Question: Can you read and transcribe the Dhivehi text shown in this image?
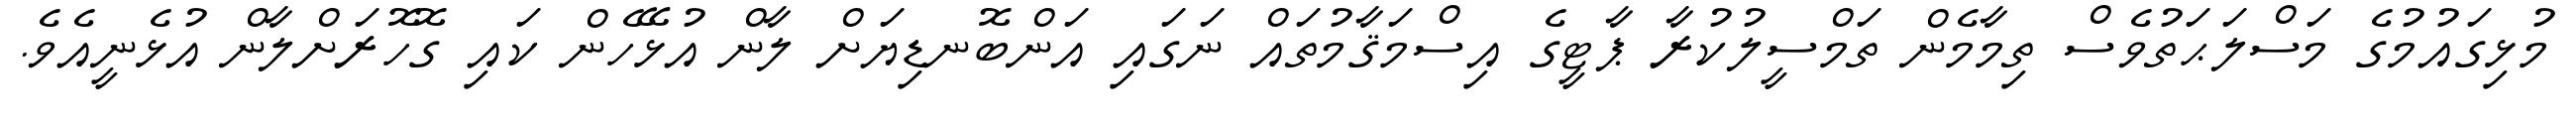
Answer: މުޅިގައުމުގެ މަސްލަޙަތުވެސް ތިމާމެން ތަމްސީލުކުރާ ޕާޓީގެ އިސްމަޤާމުތައް ނަގައި އަންބޮނޑިޔަށް ލާން އުޅޭހެން ކައި ގޮހޮރަށްލާން އުޅެނީއެވެ.